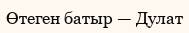
Өтеген батыр — Дулат